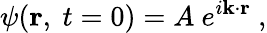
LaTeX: \psi(\mathbf{r},\ t=0)=A\ e^{i\mathbf{k\cdot r}}\ ,